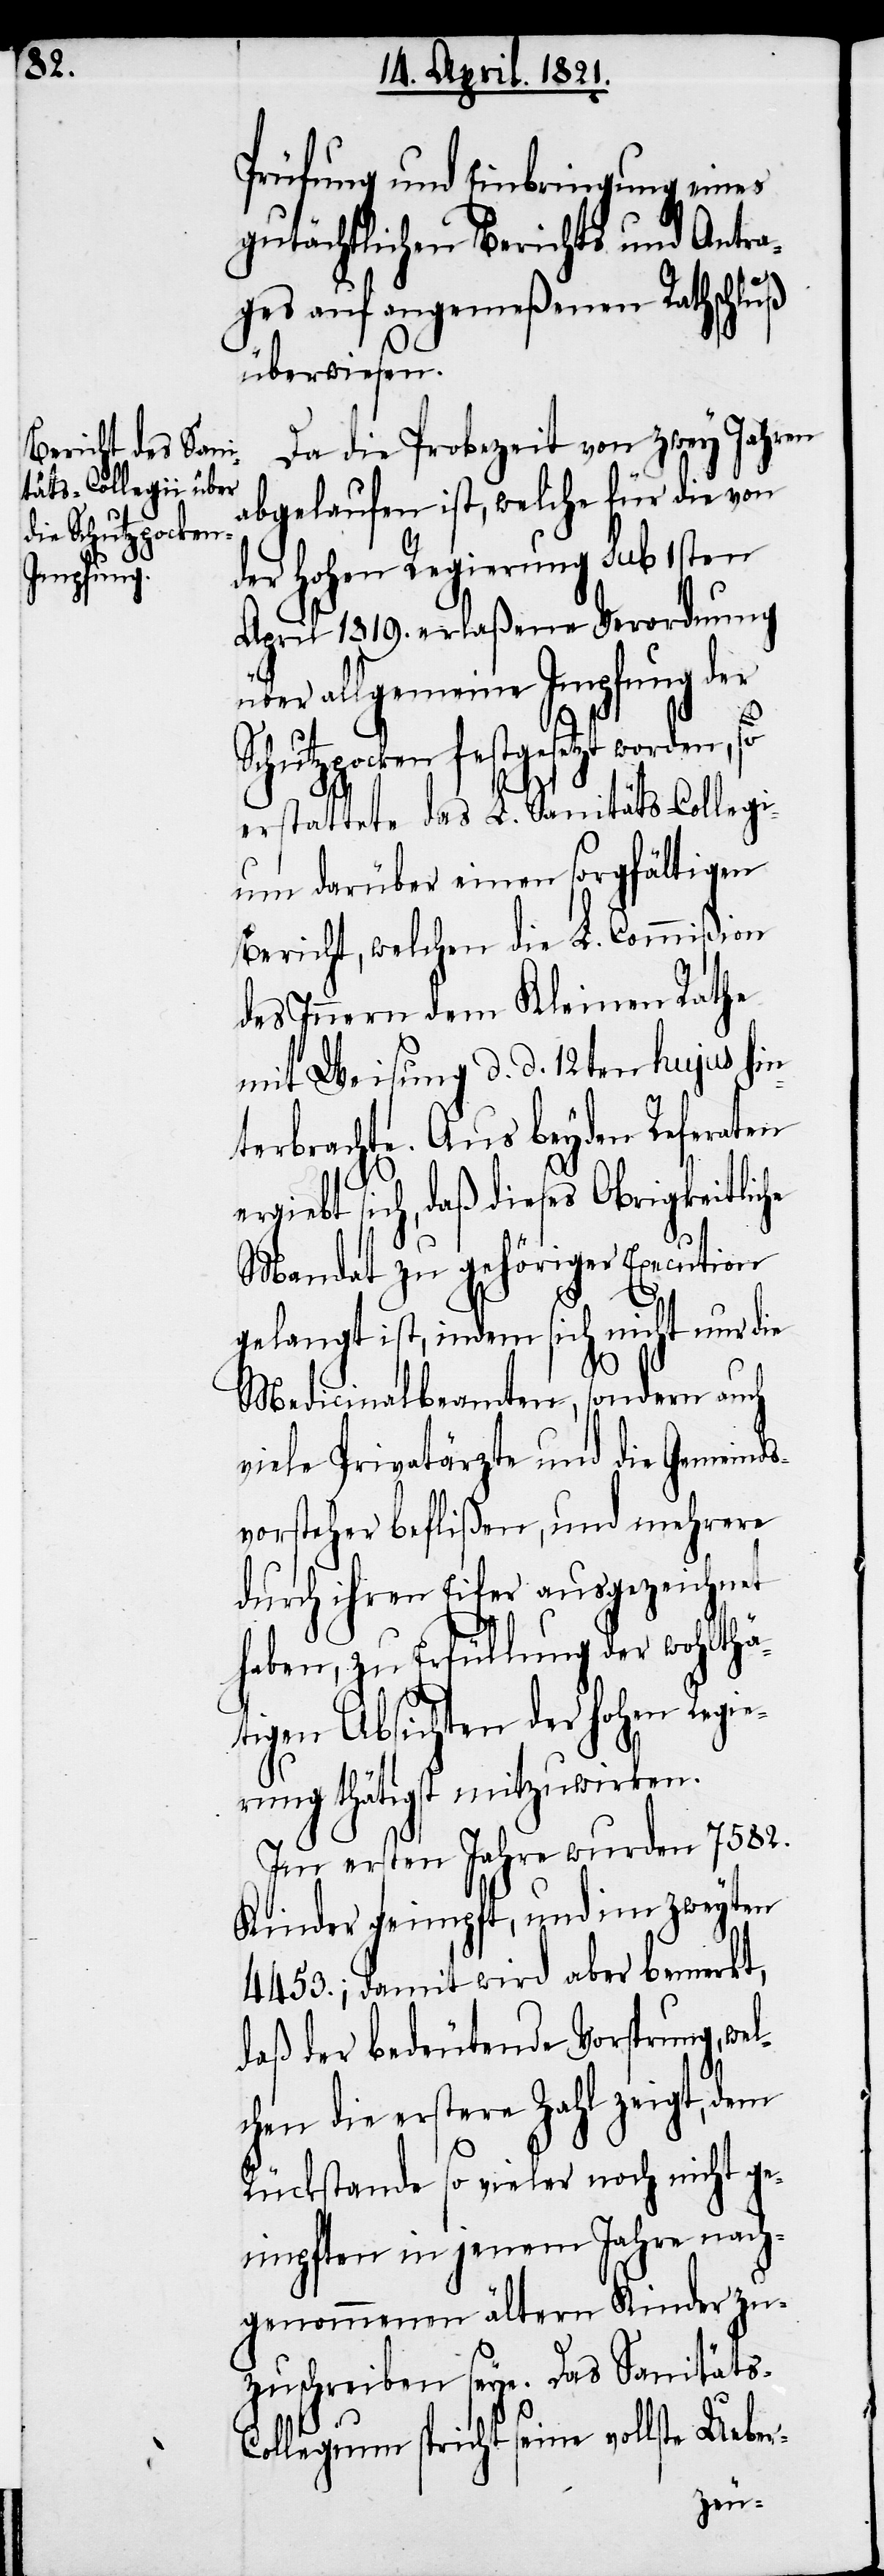
Prüfung und Einbringung eines
gutächtlichen Berichts und Antra¬
ges auf angemeßenen Rathschluß
überwiesen.
Da die Probezeit von zwey Jahren
abgelaufen ist, welche für die von
der hohen Regierung sub 1sten
April 1819. erlaßene Verordnung
über allgemeine Impfung der
Schutzpocken festgesetzt worden, so
erstattete das L. Sanitäts-Collegi¬
um darüber einen sorgfältigen
Bericht, welcher die L. Commißion
des Innern dem Kleinen Rathe
mit Weisung d. d. 12ten hujus hin¬
terbrachte. Aus beyden Referaten
ergibt sich, daß dieses Obrigkeitliche
Mandat zu gehöriger Execution
gelangt ist, indem sich nicht nur die
Medicinalbeamten, sondern auch
viele Privatärzte und die Gemeinds¬
vorsteher beflißen, und mehrere
durch ihren Eifer ausgezeichnet
haben, zu Erfüllung der wohltä¬
tigen Absichten der hohen Regie¬
rung thätigst mitzuwirken.
Im ersten Jahr wurden 7582.
Kinder geimpft, und im zweyten
4453.; damit wird aber bemerkt,
daß der bedeutende Vorsprung, wel¬
cher die erstere Zahl zeigt, dem
Rückstande so vieler noch nicht ge¬
impfter in jenem Jahr nach¬
genommenen ältern Kinder zu¬
zuschreiben seye. Das Sanitäts-C¬
ollegium spricht seine vollste Ueber-